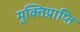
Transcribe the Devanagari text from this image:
मुक्तिप्राप्ति